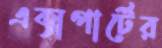
এক্সপার্টের